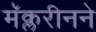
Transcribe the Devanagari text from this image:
मॅक्लरीनने